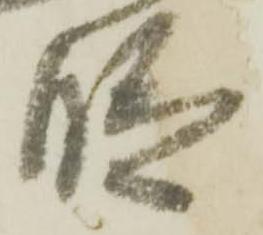
段